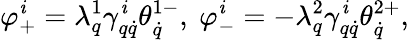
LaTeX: \varphi_{+}^{\mathit{i}}=\lambda_{q}^{1}\gamma_{q\dot{{q}}}^{\mathit{i}}\theta_{\dot{{q}}}^{1-},\ \varphi_{-}^{\mathit{i}}=-\lambda_{q}^{2}\gamma_{q\dot{{q}}}^{\mathit{i}}\theta_{\dot{{q}}}^{2+},